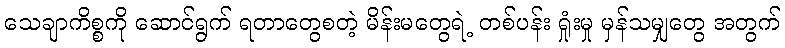
သေချာကိစ္စကို ဆောင်ရွက် ရတာတွေစတဲ့ မိန်းမတွေရဲ့ တစ်ပန်း ရှုံးမှု မှန်သမျှတွေ အတွက်